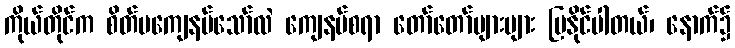
ကိုယ်တိုင်က စိတ်မကျေနပ်သော်လဲ ကျေနပ်စရာ တော်တော်များများ ပြနိုင်ပါတယ်၊ နောက်၌